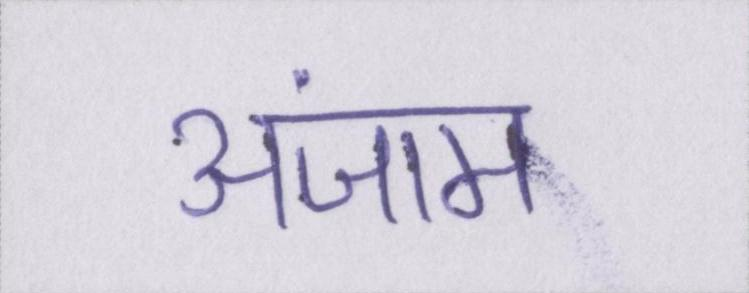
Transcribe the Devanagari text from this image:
अंजाम